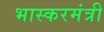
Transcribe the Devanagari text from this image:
भास्करमंत्री